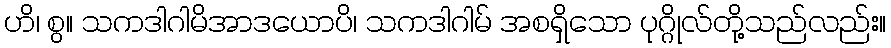
ဟိ၊ စွ။ သကဒါဂါမိအာဒယောပိ၊ သကဒါဂါမ် အစရှိသော ပုဂ္ဂိုလ်တို့သည်လည်း။